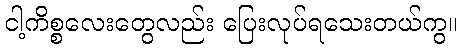
ငါ့ကိစ္စလေးတွေလည်း ပြေးလုပ်ရသေးတယ်ကွ။